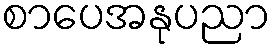
စာပေအနုပညာ